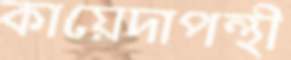
কায়েদাপন্থী